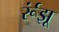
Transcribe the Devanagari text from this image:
र्रूंझू